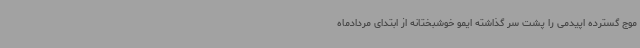
موج گسترده اپیدمی را پشت سر گذاشته ایمو خوشبختانه از ابتدای مردادماه